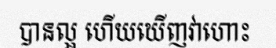
បានល្អ ហើយឃើញវាហោះ